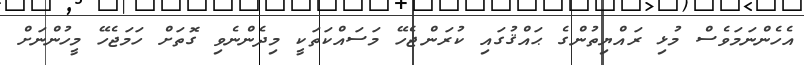
އެހެންނަމަވެސް މުޅި ރައްޔިތުންގެ ޙައްޤުގައި ކުރަންޖެހޭ މަސައްކަތަކީ މިދެންނެވި ގޮތަށް ހަމަޖެހޭ މީހުންނަށް